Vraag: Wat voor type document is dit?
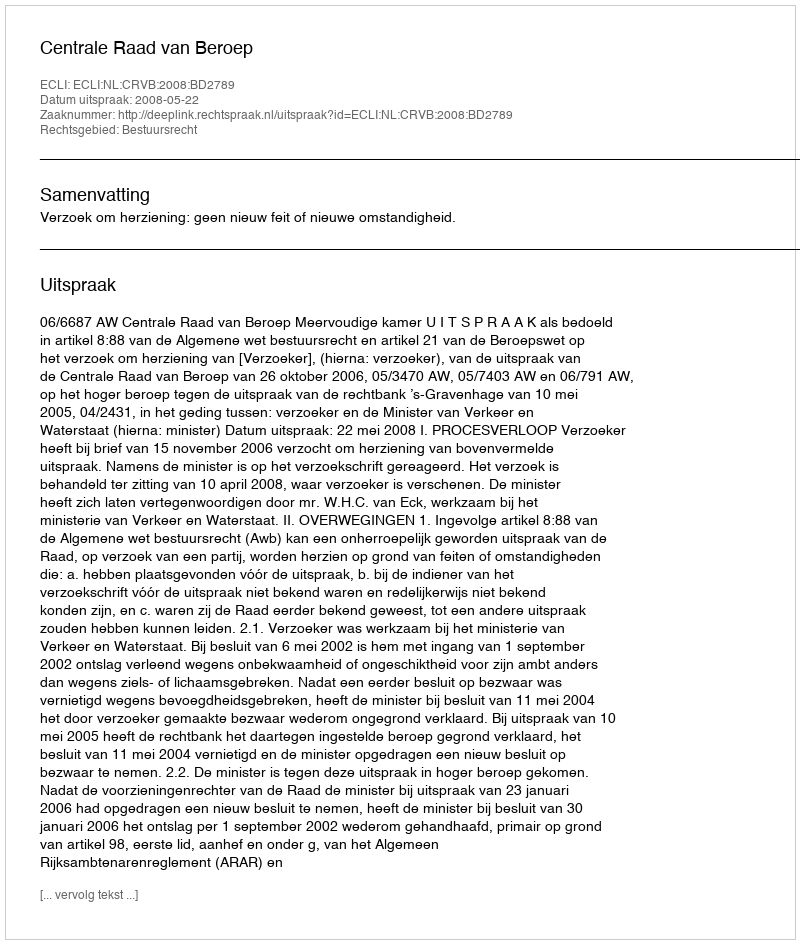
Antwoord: Uitspraak